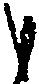
も